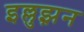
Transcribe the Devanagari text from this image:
इल्लुझ़न